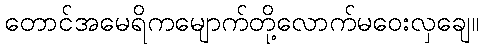
တောင်အမေရိကမျောက်တို့လောက်မဝေးလှချေ။